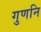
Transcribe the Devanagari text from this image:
गुणनि